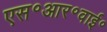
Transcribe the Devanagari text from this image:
एस॰आर॰वाई॰